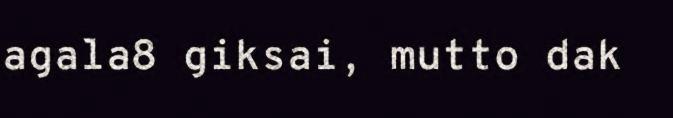
agala8 giksai, mutto dak